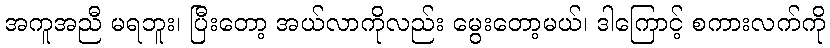
အကူအညီ မရဘူး၊ ပြီးတော့ အယ်လာကိုလည်း မွေးတော့မယ်၊ ဒါကြောင့် စကားလက်ကို